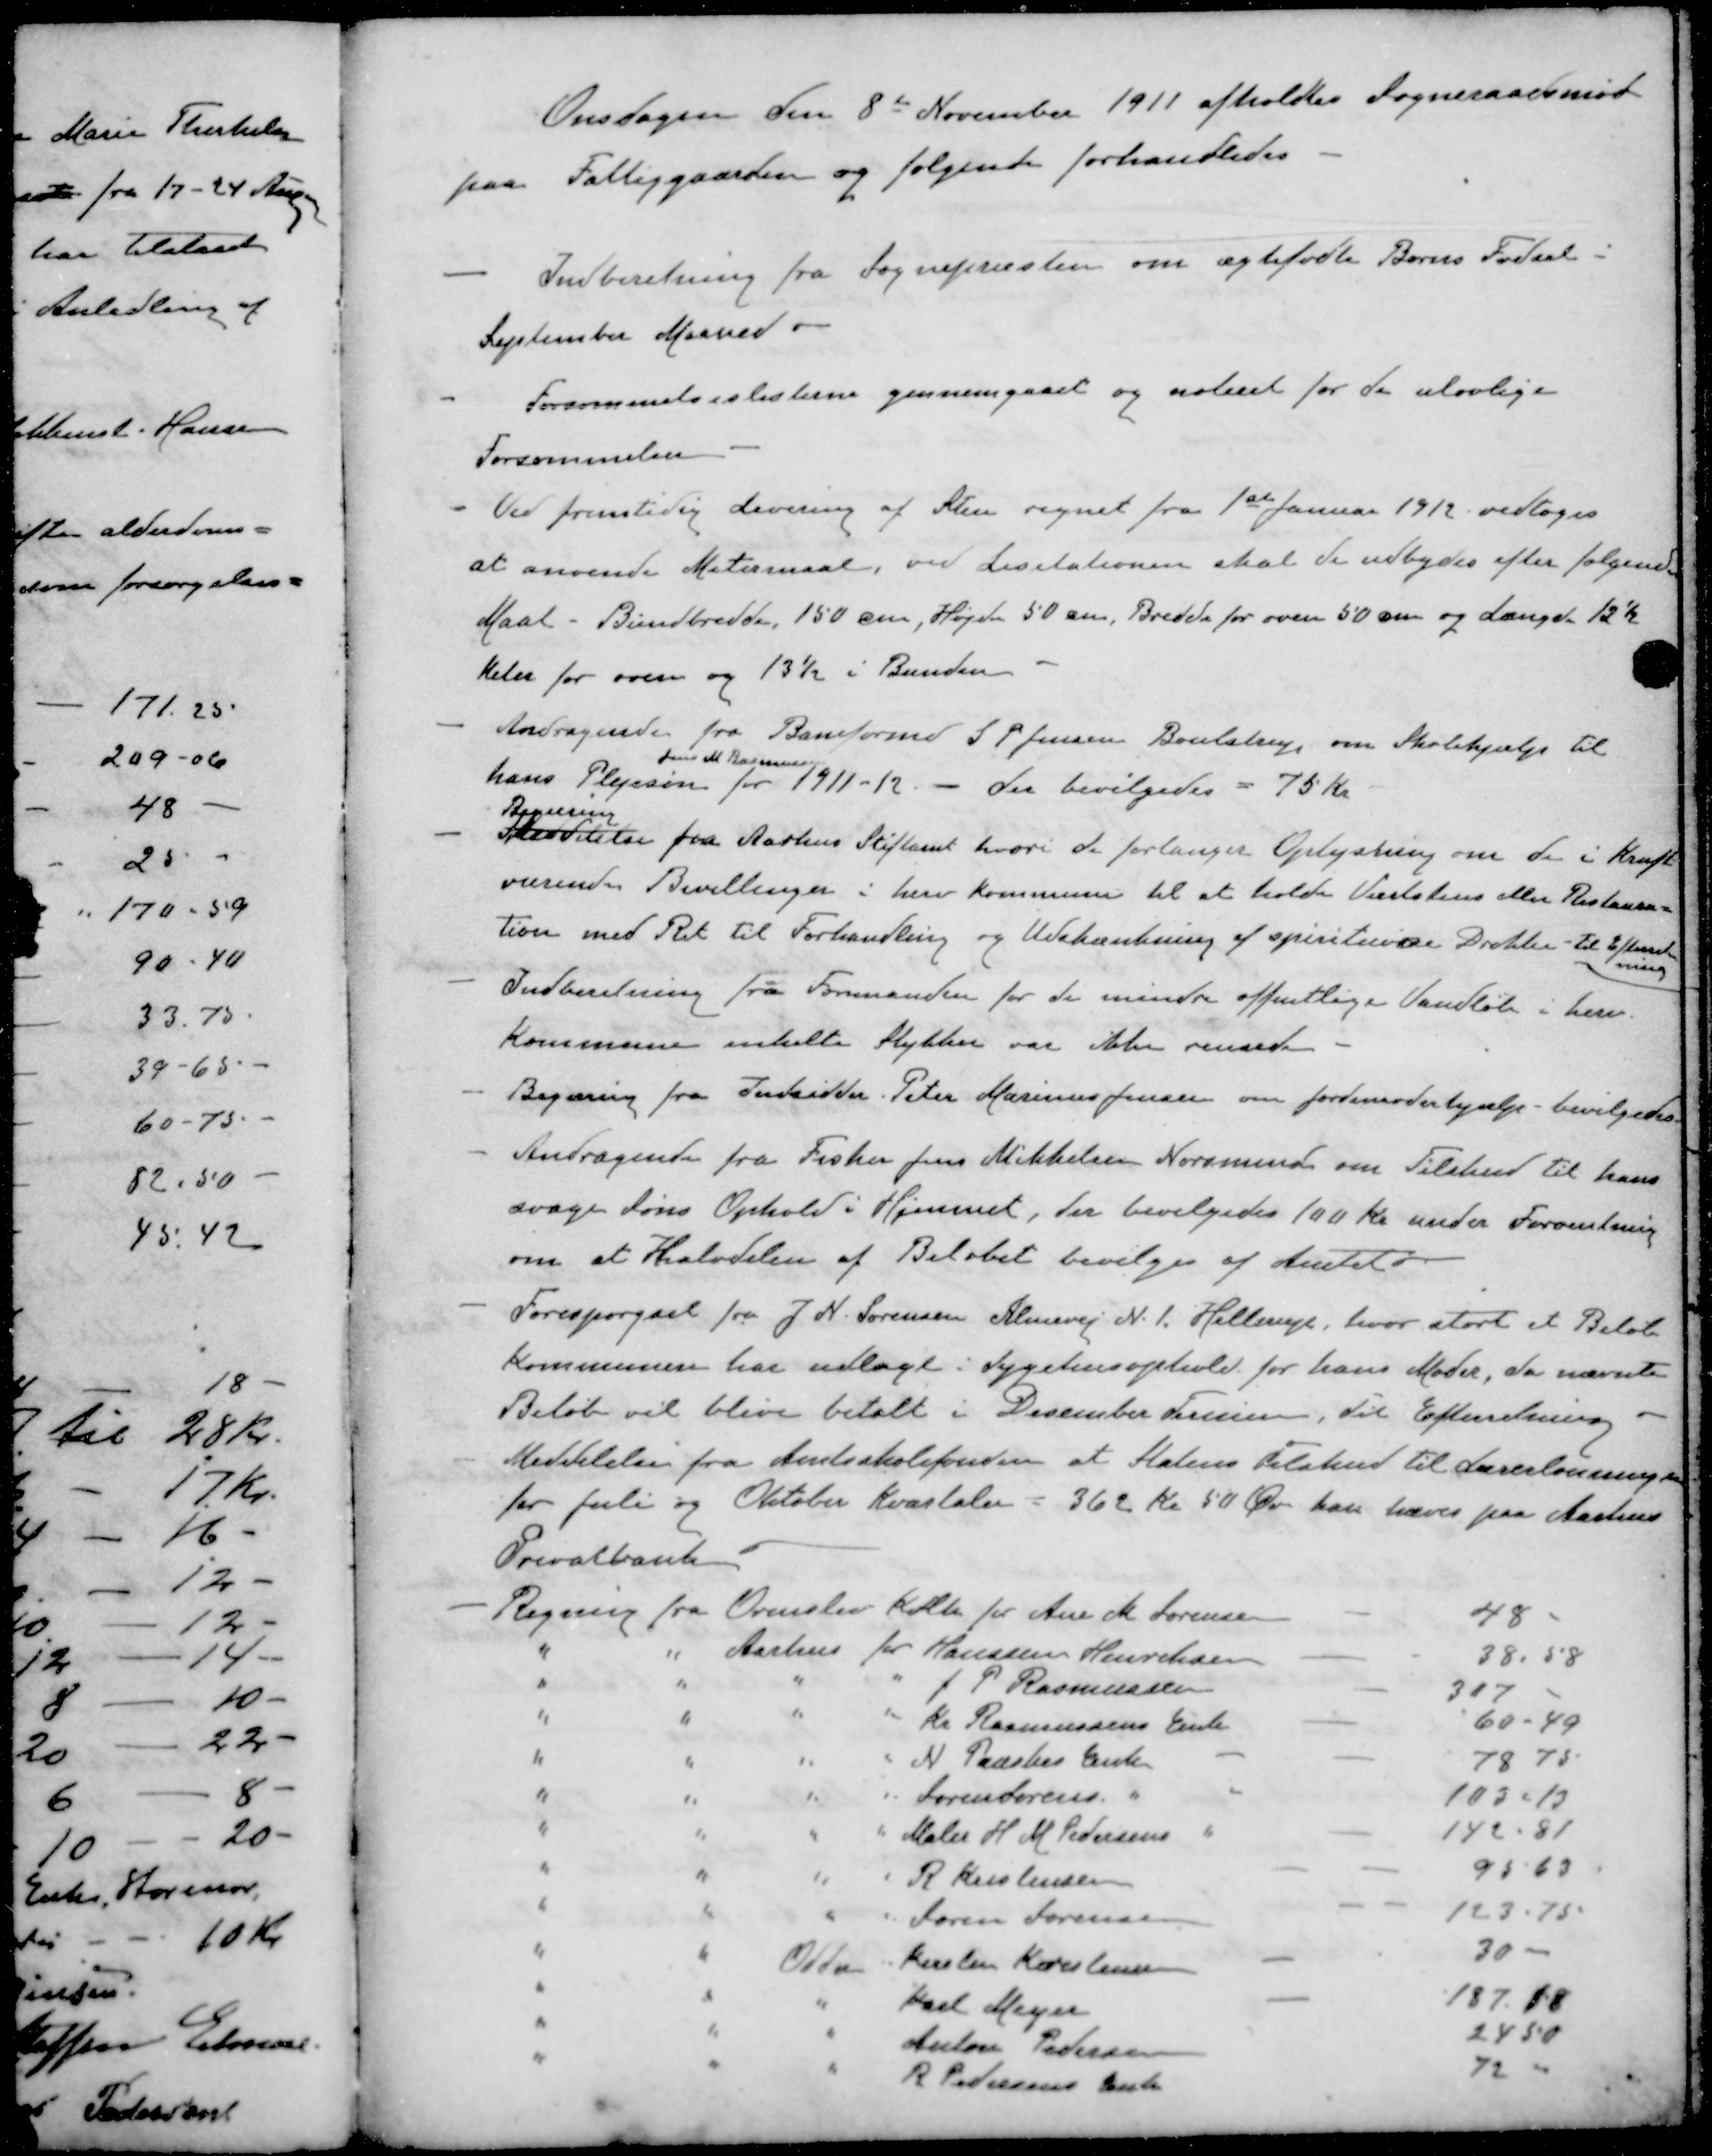
Transskription:
Onsdagen den 8de November 1911 afholdtes Sogneraadsmøde
paa Fattiggaarden og følgende forhandledes
- Indberetning fra Sognepræsten om ægtefødte Børns Fødsel.
September Maaned.
- Forsømmelseslisterne gennemgaaet og noteret for de ulovlige
Forsømmelser
- Ved fremtidig Levering af Sten regnet fra 1ste Januar 1912 vedtoges
at anvende Matermaal, ved Licitationen skal de udbydes efter følgende
Maal - Bundbredde, 150 cm, Højde 50 cm, Bredde for oven 50 cm og Længde 12½
Meter for oven og 13½ i Bunden
- Andragende fra Baneformd S P Jensen Boulstrup om Skolehjælp til
Jens M. Rasmussen
hans Plejesøn for 1911-12. - Der bevilgedes - 75 Kr
Regning
- Meddelelse fra Aarhus Stiftamt hvori de forlanger Oplysning om de i Kraft-
værende Bevillinger i herv Kommune til at holde Værtshus eller Restaura-
tion med Ret til Forhandling og Udskænkning af spirituøse Drikke - til Efterret-
ning
- Indberetning fra Formanden for de mindre offentlige Vandløb i herv.
Kommune enkelte Stykker var ikke rensede
- Begæring fra Indsidder. Peter Marinus Jensen om Jordemoderhjælp - bevilgedes
- Andragende fra Fisker Jens Mikkelsen Norsminde om Tilskud til hans
svage Søns Ophold i Hjemmet, der bevilgedes 100 Kr under Forventning
om at Halvdelen af Beløbet bevilges af Amtet 
- Forespørgsel fra J. N. Sørensen Almevej N. 1. Hellerup, hvor stort et Beløb
Kommunen har udlagt i Sygehusophold for hans Moder, da nævnte
Beløb vil blive betalt i December Termin, Til Efterretning.
- Meddelelse fra Amtsskolefonden at Statens Tilskud til Lærerlønninger
for Juli og Oktober Kvartaler = 362 kr 50 Øre kan hæves paa Aarhus
Privalbank
Regning fra Ormslev Kolt for Ane M. Sørensen
48
" " Aarhus for Hansine Henriksen
38,58
" " " " J P Rasmussen
317
" " " " Kr Rasmussens Enke
60 - 49
" " " " N Paaskes Enke
78,75
" " " " Søren Sørens "
1035-13
" " " " Maler H. M. Pedersens "
142.81
" " " " R. Kristensen
95.65
" " " " Søren Sørensen
123.75
" " Odder Kirsten Kristensen
30
" " " Karl Meyer
187.18
" " " Anton Pedersen
24 50
" " " R Pedersens Enke
72